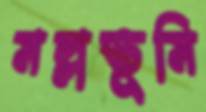
মল্লভূমি